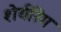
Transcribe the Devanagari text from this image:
शेर्यरिंग